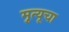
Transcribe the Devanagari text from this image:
मृुत्यूचा